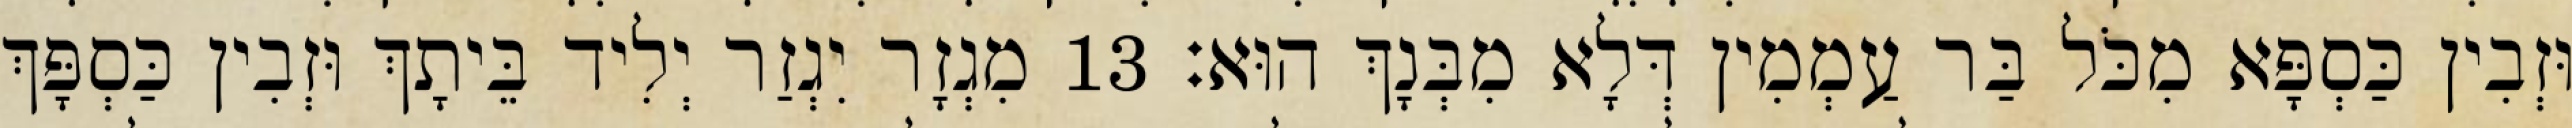
וּזְבִין כַּסְפָּא מִכֹּל בַּר עַמְמִין דְּלָא מִבְּנָךְ הוּא׃ 13 מִגְזָר יִגְזַר יְלִיד בֵּיתָךְ וּזְבִין כַּסְפָּךְ